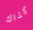
كذاك